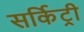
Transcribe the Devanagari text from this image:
सर्किट्री